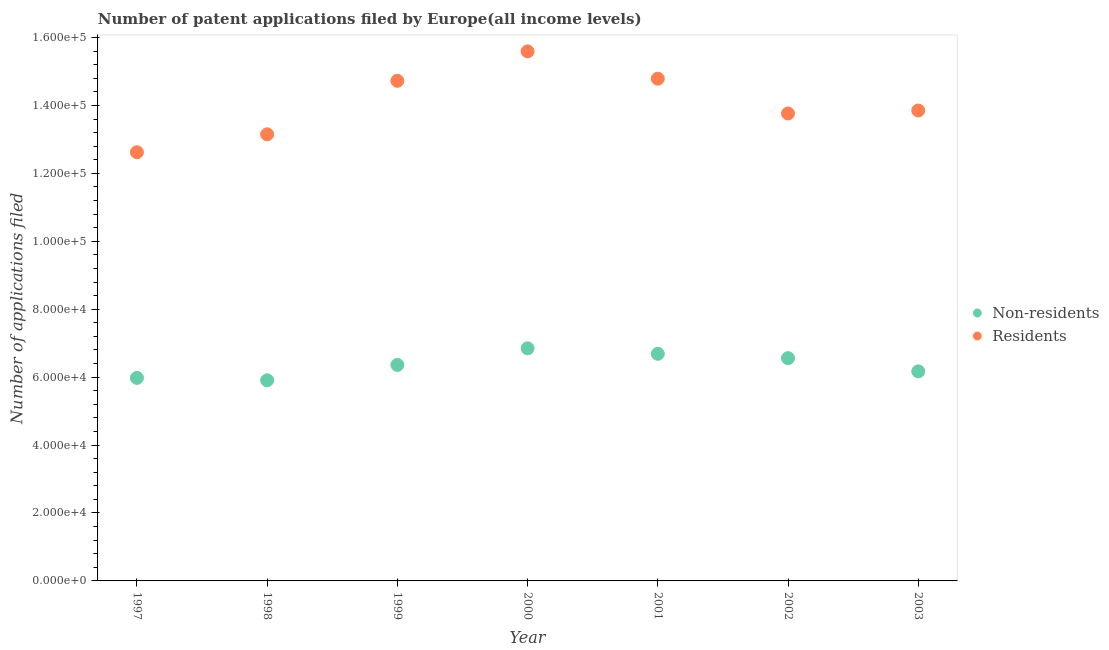
| Year | Non-residents | Residents |
 | --- | --- | --- |
 | 1997 | 5.98e+04 | 1.26e+05 |
 | 1998 | 5.91e+04 | 1.31e+05 |
 | 1999 | 6.36e+04 | 1.47e+05 |
 | 2000 | 6.85e+04 | 1.56e+05 |
 | 2001 | 6.69e+04 | 1.48e+05 |
 | 2002 | 6.56e+04 | 1.38e+05 |
 | 2003 | 6.17e+04 | 1.39e+05 |